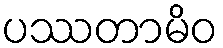
ပဿတာမိဝ